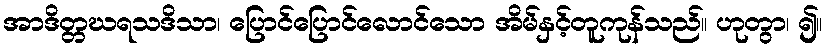
အာဒိတ္တဃရသဒိသာ၊ ပြောင်ပြောင်လောင်သော အိမ်နှင့်တူကုန်သည်။ ဟုတွာ၊ ၍။